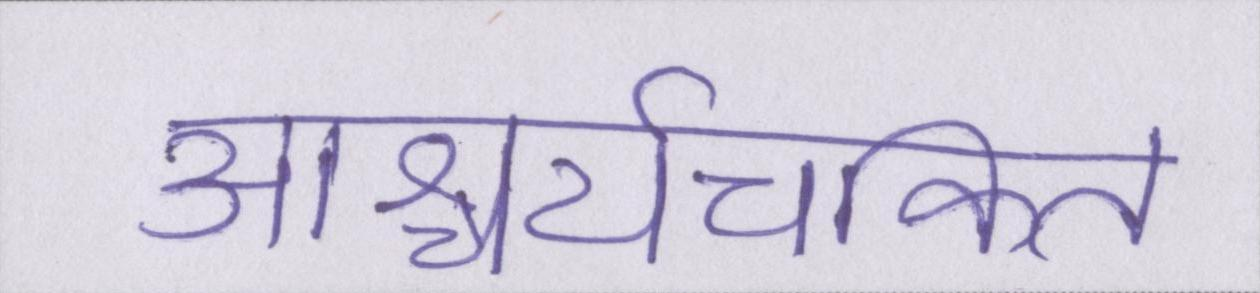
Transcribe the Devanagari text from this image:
आश्चर्यचकित